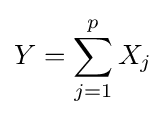
Y=\sum _{j=1}^{p}X_{j}